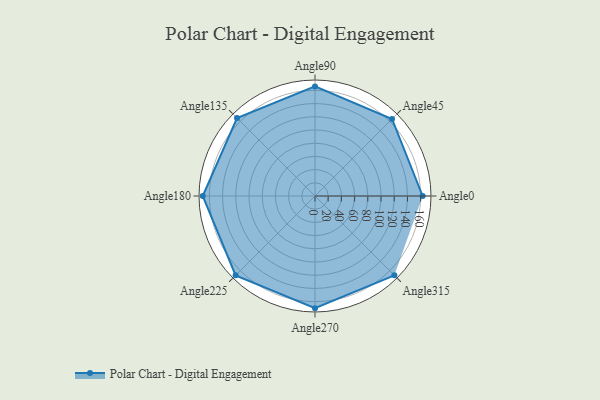
{"axis": {"x": "Angle", "y": "Radius"}, "legend": [""], "data": [{"x": "Angle0", "y": 163.0, "type": ""}, {"x": "Angle45", "y": 165.0, "type": ""}, {"x": "Angle90", "y": 166.0, "type": ""}, {"x": "Angle135", "y": 167.0, "type": ""}, {"x": "Angle180", "y": 170, "type": ""}, {"x": "Angle225", "y": 170, "type": ""}, {"x": "Angle270", "y": 170, "type": ""}, {"x": "Angle315", "y": 170, "type": ""}]}